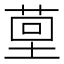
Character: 𮏤